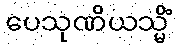
ပေသုဏိယသ္မိံ